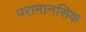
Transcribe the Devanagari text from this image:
परामानसिक